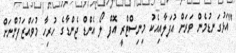
"އަޅުގަނޑުމެން ވަރަށް އުފަލާއިއެކު މިނިސްޓްރީ އޮފް ލޯ އެންޑް ޖެންޑާގެ ހުރިހާ މުވައްޒަފުންނަށް